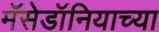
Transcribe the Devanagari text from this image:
मॅसेडॉनियाच्या